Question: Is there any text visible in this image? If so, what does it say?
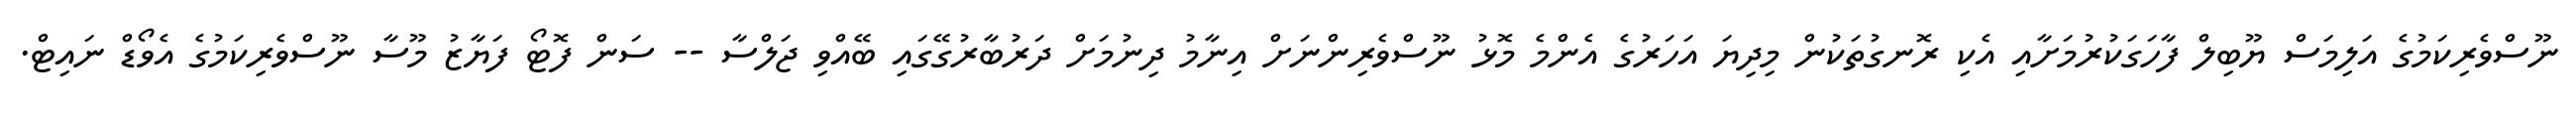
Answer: ނޫސްވެރިކަމުގެ އަލިމަސް ޔޫބިލް ފާހަގަކުރުމަށާއި އެކި ރޮނގުތަކުން މިދިޔަ އަހަރުގެ އެންމެ މޮޅު ނޫސްވެރިންނަށް އިނާމު ދިނުމަށް ދަރުބާރުގޭގައި ބޭއްވި ޖަލްސާ -- ސަން ފޮޓޯ ފަޔާޒު މޫސާ ނޫސްވެރިކަމުގެ އެވޯޑް ނައިޓް.